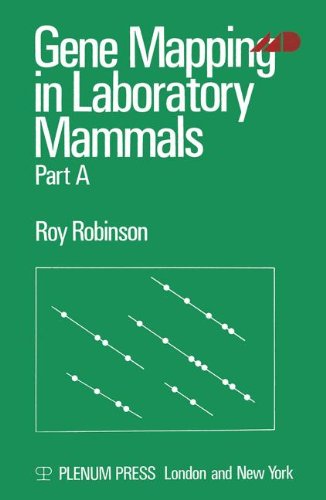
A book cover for Gene Mapping in Laboratory Mammals: Part A; Roy. Robinson; Medical Books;